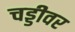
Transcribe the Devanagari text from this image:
चड्डीवर